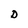
Character: D